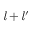
{ \mathit { l } } + { \mathit { l } } ^ { \prime }